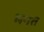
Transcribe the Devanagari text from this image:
भनत